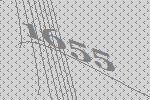
1655